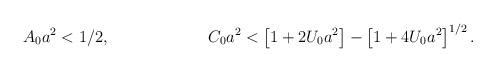
LaTeX: \begin{align*}A_0a^2 < 1/2, ~~~~~~~~~~~~~~~~~~C_0a^2 < \left[1+2U_0a^2\right] - \left[1 +4U_0a^2\right]^{1/2}.\end{align*}